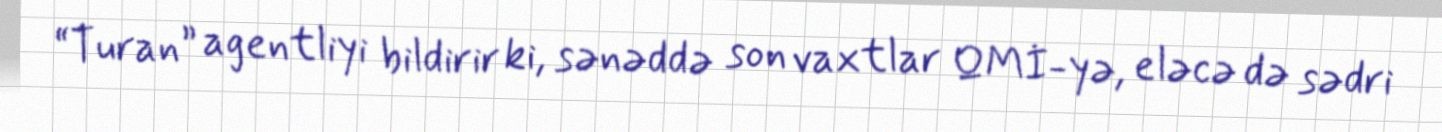
“Turan” agentliyi bildirir ki, sənəddə son vaxtlar QMİ-yə, eləcə də sədri